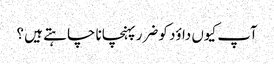
آپ کیوں داؤد کو ضرر پہنچانا چا ہتے ہیں ؟